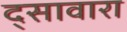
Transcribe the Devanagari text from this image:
द्सावारा